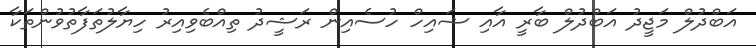
އަބްދުލް މަޖީދު އަބްދުލް ބާރީ އާއި ޝައިހް ހުސެއިން ރަޝީދު ތިއްބެވިއިރު ހިޔާލުތަފާތުވުންތަކާ